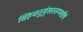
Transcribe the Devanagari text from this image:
सिंहचतुर्मुखस्तम्भशीर्ष